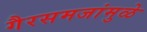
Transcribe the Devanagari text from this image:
गैरसमजांमुळे